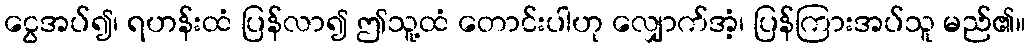
ငွေအပ်၍၊ ရဟန်းထံ ပြန်လာ၍ ဤသူ့ထံ တောင်းပါဟု လျှောက်အံ့၊ ပြန်ကြားအပ်သူ မည်၏။